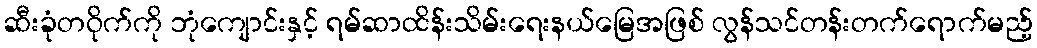
ဆီးခုံတဝိုက်ကို ဘုံကျောင်းနှင့် ရမ်ဆာထိန်းသိမ်းရေးနယ်မြေအဖြစ် လွန်သင်တန်းတက်ရောက်မည့်